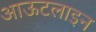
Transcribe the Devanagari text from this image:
आऊटलाइन